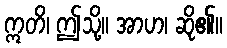
ဣတိ၊ ဤသို့။ အာဟ၊ ဆို၏။